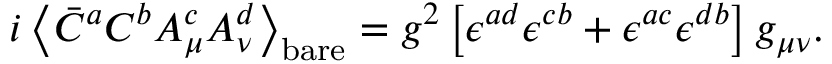
i \left< \bar { C } ^ { a } C ^ { b } A _ { \mu } ^ { c } A _ { \nu } ^ { d } \right> _ { \mathrm { b a r e } } = g ^ { 2 } \left[ \epsilon ^ { a d } \epsilon ^ { c b } + \epsilon ^ { a c } \epsilon ^ { d b } \right] g _ { \mu \nu } .